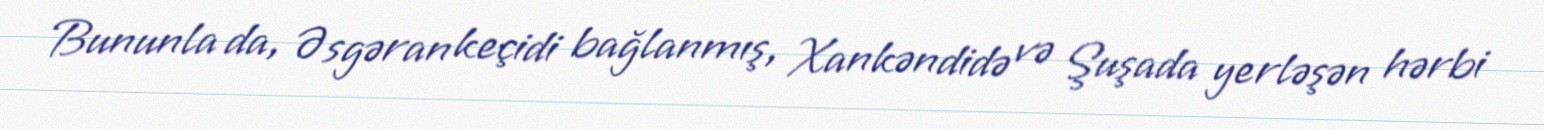
Bununla da, Əsgəran keçidi bağlanmış, Xankəndidə və Şuşada yerləşən hərbi